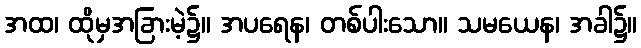
အထ၊ ထိုမှအခြားမဲ့၌။ အပရေန၊ တစ်ပါးသော။ သမယေန၊ အခါ၌။